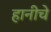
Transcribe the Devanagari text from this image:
हानीचे